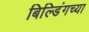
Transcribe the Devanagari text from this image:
बिल्डिंगच्या